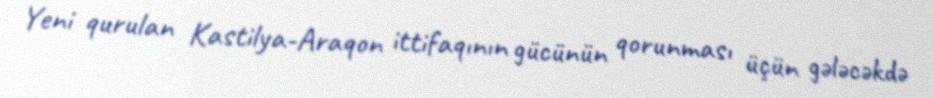
Yeni qurulan Kastilya-Araqon ittifaqının gücünün qorunması üçün gələcəkdə